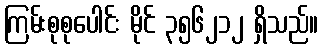
ကြမ်းစုစုပေါင်း မိုင် ၃၅၆၂၁၂ ရှိသည်။